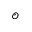
\scriptscriptstyle \mathcal { O }